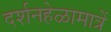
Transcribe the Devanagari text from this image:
दर्शनहेळामात्रें